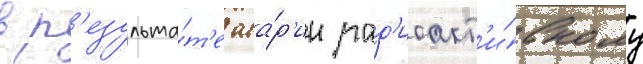
в р'езульта́т'е ава́р'ии рад'иоакт'и́вному